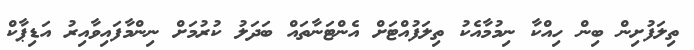
ތިލަފުށިން ބިން ހިއްކާ ނިމުމާއެކު ތިލަފުއްޓަށް އެންޓަނާތައް ބަދަލު ކުރުމަށް ނިންމާފައިވާއިރު އަޑިޕާކް